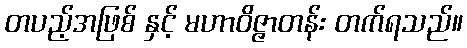
တပည့်အဖြစ် နှင့် မဟာဝိဇ္ဇာတန်း တက်ရသည်။